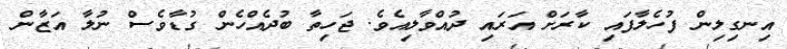
އިނގިލިން ފުހެލާފައި ކާރަށް އަރައި ދުއްވާލިއެވެ. ޖަހިތާ ބުދެއްހެން ގުޑާވެސް ނުލާ އަޒާން